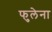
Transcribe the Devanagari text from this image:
फुलेना